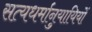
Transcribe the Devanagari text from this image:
सत्यधर्मानुयायियों